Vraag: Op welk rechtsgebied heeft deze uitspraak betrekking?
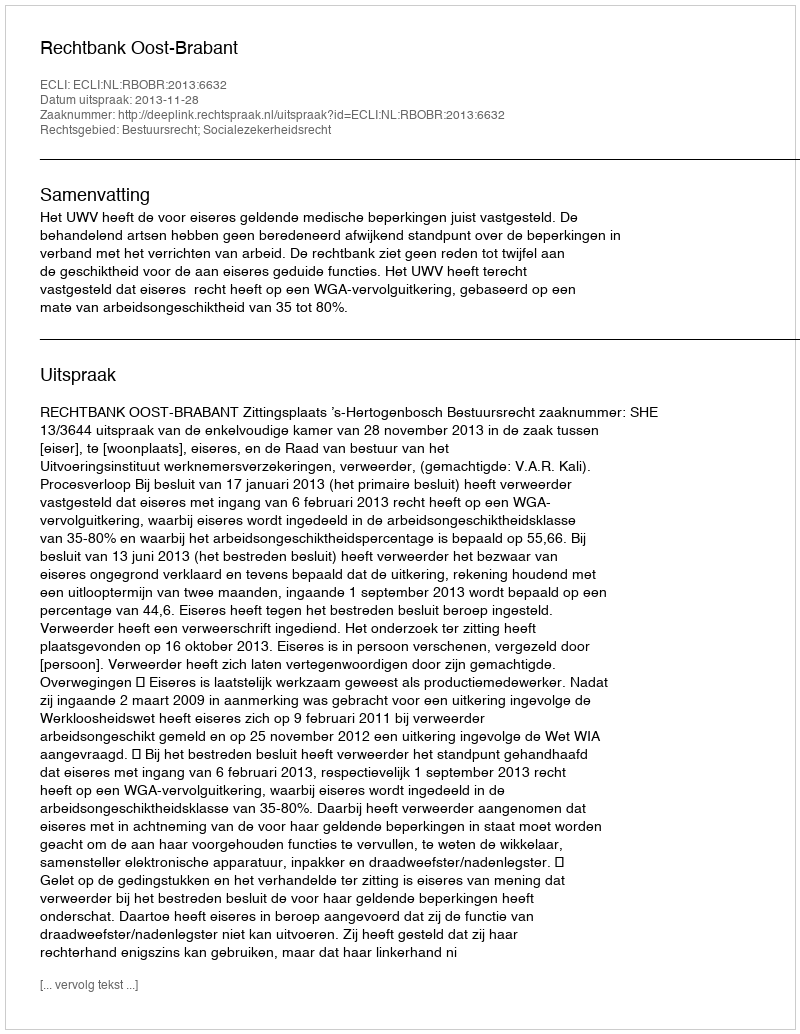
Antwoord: Bestuursrecht; Socialezekerheidsrecht